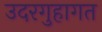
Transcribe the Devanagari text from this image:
उदरगुहागत